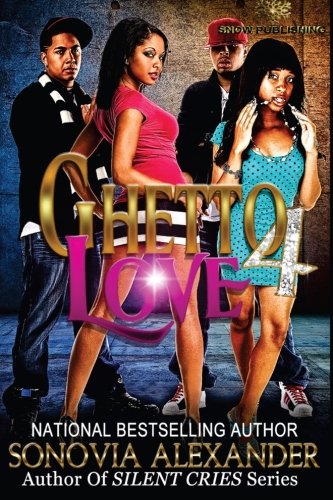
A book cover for Ghetto Love 4 (Volume 4); Sonovia Alexander; Literature & Fiction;